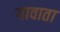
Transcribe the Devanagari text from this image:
गावाता